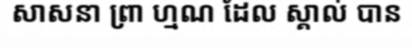
សាសនា ព្រា ហ្មណ ដែល ស្គាល់ បាន